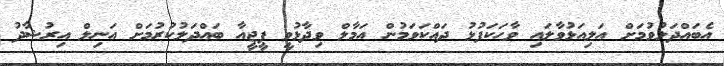
އެބައްދަލުވުމަށް އަލިއަޅުވާލައި ވާހަކަފުޅު ދައްކަވަމުން އަމާލް ވިދާޅުވީ ޕީޖީއާ ބައްދަލުކުރުމަށް އަނިލް އިރުޝާދު